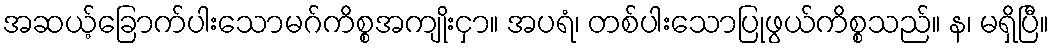
အဆယ့်ခြောက်ပါးသောမဂ်ကိစ္စအကျိုးငှာ။ အပရံ၊ တစ်ပါးသောပြုဖွယ်ကိစ္စသည်။ န၊ မရှိပြီ။